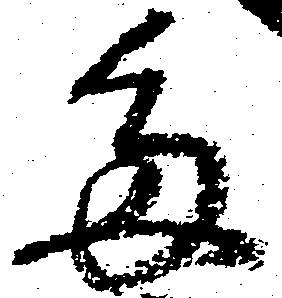
多